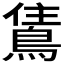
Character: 𬷗